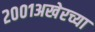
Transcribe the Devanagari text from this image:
२००१अखेरच्या